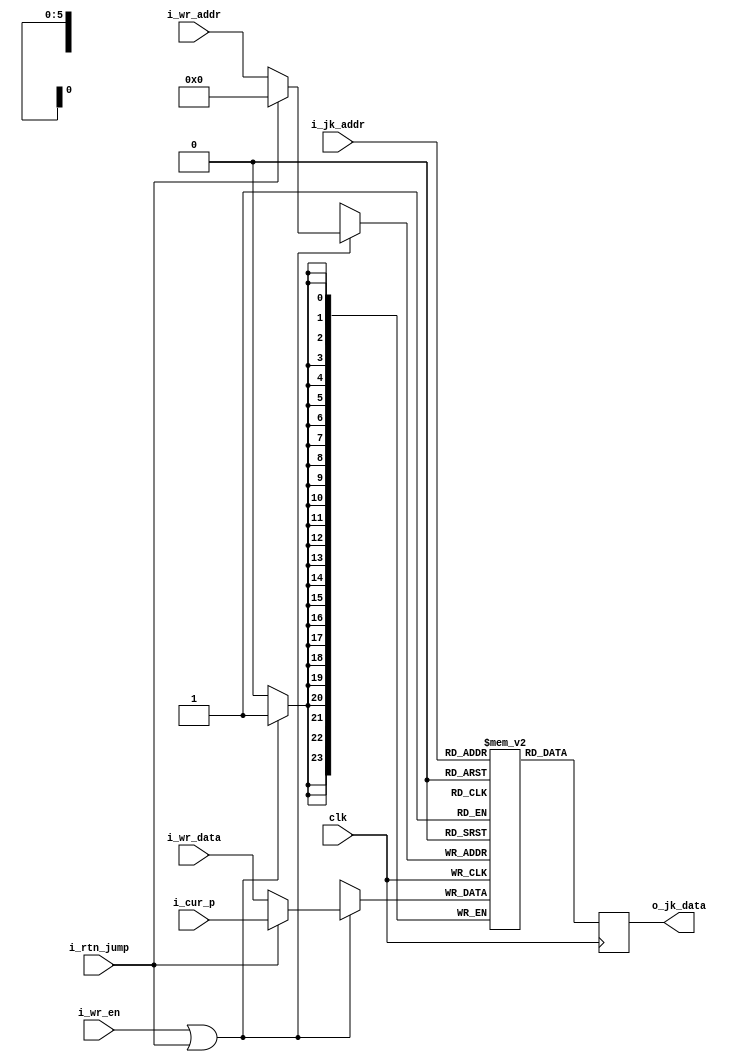
//This is a parameterizable register file


//////////////////////////////////////////////////////////////////
//        Secondary Address Register File                       //
//////////////////////////////////////////////////////////////////
//
//This block contains one 64 entry, 24-bit register file used
//for the Cray-1A's 'secondary' address registers

module b_regfile (clk,
                  i_jk_addr,
                  o_jk_data,
                  i_wr_addr,
                  i_wr_data,
                  i_wr_en,
						i_cur_p,
						i_rtn_jump);

parameter WIDTH = 24;
parameter DEPTH = 64;
parameter LOGDEPTH = 6;


input  wire                clk;
input  wire [LOGDEPTH-1:0] i_jk_addr;
output reg  [WIDTH-1:0]    o_jk_data;
input  wire [LOGDEPTH-1:0] i_wr_addr;
input  wire [WIDTH-1:0]    i_wr_data;
input  wire                i_wr_en;
input  wire [WIDTH-1:0]    i_cur_p;
input  wire                i_rtn_jump;

reg [WIDTH-1:0] data [DEPTH-1:0];     //the actual registers

wire [WIDTH-1:0] wr_addr;

assign wr_addr = i_rtn_jump ? 6'b0 : i_wr_addr;


//write a register
always@(posedge clk)
   if(i_wr_en || i_rtn_jump)
      data[wr_addr] <= i_rtn_jump ? i_cur_p : i_wr_data;


//read registers
always@(posedge clk)
   o_jk_data <= data[i_jk_addr];

endmodule